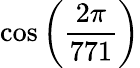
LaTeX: \cos\left({\frac{2\pi}{771}}\right)